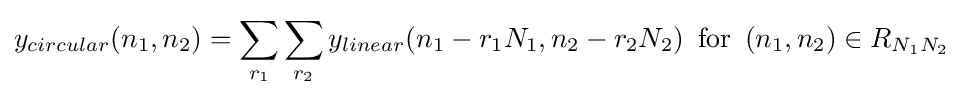
y_{circular}(n_{1},n_{2})=\sum _{r_{1}}\sum _{r_{2}}y_{linear}(n_{1}-r_{1}N_{1},n_{2}-r_{2}N_{2}){\mathrm {\,\,\,for\,\,\,} }(n_{1},n_{2})\in R_{N_{1}N_{2}}